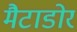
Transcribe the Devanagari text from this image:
मैटाडोर